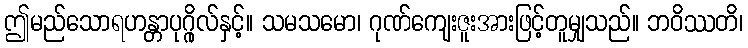
ဤမည်သောရဟန္တာပုဂ္ဂိုလ်နှင့်။ သမသမော၊ ဂုဏ်ကျေးဇူးအားဖြင့်တူမျှသည်။ ဘဝိဿတိ၊